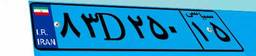
۸۳D۲۵۰۱۵